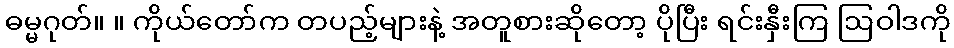
ဓမ္မဂုတ်။ ။ ကိုယ်တော်က တပည့်များနဲ့ အတူစားဆိုတော့ ပိုပြီး ရင်းနှီးကြ ဩဝါဒကို